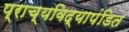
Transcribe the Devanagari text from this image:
प्राच्यविद्यापंडित